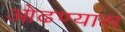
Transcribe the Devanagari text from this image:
ओढण्यास